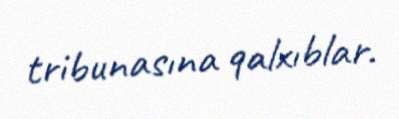
tribunasına qalxıblar.